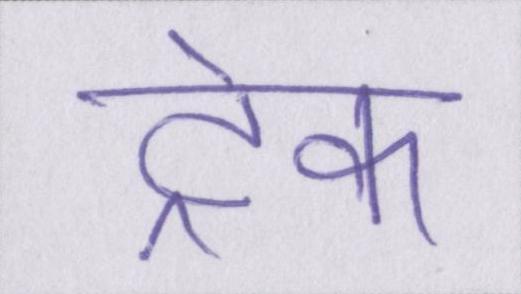
ट्रेक